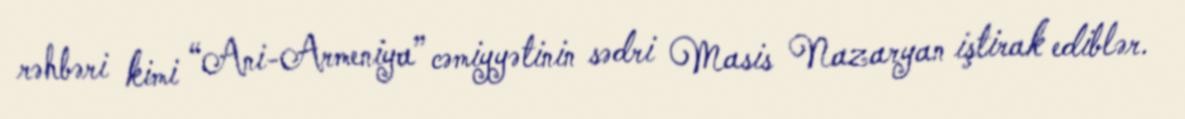
rəhbəri kimi “Ani-Armeniya” cəmiyyətinin sədri Masis Nazaryan iştirak ediblər.